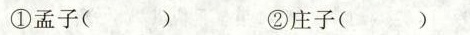
①孟子（ ） ②庄子（ ）